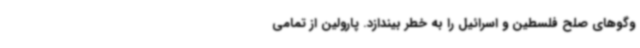
‌وگوهای صلح فلسطین و اسرائیل را به خطر بیندازد. پارولین از تمامی